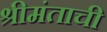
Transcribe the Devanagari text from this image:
श्रीमंताची